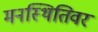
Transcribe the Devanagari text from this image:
मनस्थितिवर